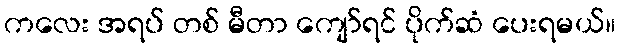
ကလေး အရပ် တစ် မီတာ ကျော်ရင် ပိုက်ဆံ ပေးရမယ်။